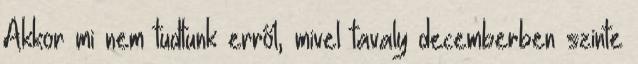
Akkor mi nem tudtunk erről, mivel tavaly decemberben szinte